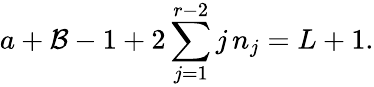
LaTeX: a+\mathcal{B}-1+2\sum_{j=1}^{r-2}j\, n_{j}=L+1.